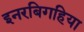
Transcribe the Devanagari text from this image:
इनरबिगहिया